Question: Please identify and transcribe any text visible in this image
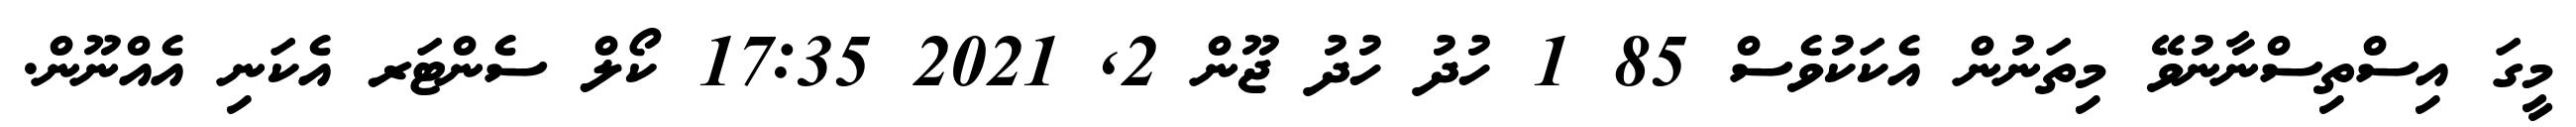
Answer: މީގަ އިސްތިސްނާނުވޭ މިތަނުން އެކަކުވެސް 85 1 ހުދު ހުދު ޖޫން 2, 2021 17:35 ކޯލް ސެންޓަރ އެކަނި އެއްނޫން.